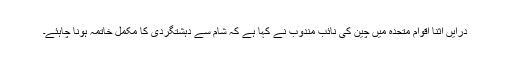
درایں اثنا اقوام متحدہ میں چین کی نائب مندوب نے کہا ہے کہ شام سے دہشتگردی کا مکمل خاتمہ ہونا چاہئے۔